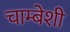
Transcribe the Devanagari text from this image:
चाम्बेशी